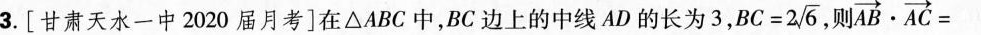
3.[甘肃天水一中2020届月考]在△ABC中，BC边上的中线AD的长为3 $$B C = 2 \sqrt { 6 }$$ 则 $$\overrightarrow { A B } \cdot \overrightarrow { A C } =$$